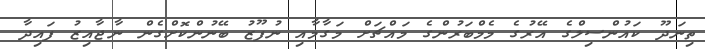
ތިނަދޫ ކައުންސިލްގެ އޭރުގެ މެމްބަރުންގެ މައްޗަށް މަގާމާއި ނުފޫޒު ބޭނުންކޮށްގެން ނާޖާއިޒު ފައިދާ